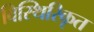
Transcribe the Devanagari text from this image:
विस्थिरिकृत